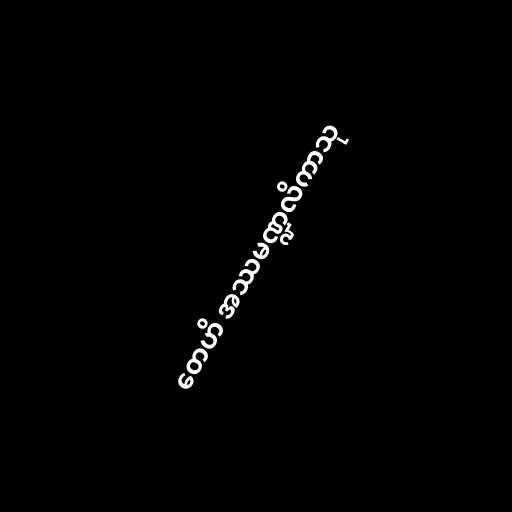
တေဟိ အဿမဏ္ဍလိကာသု